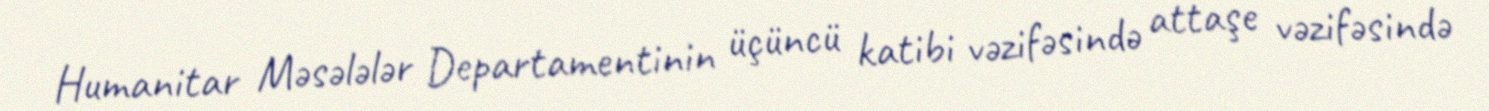
Humanitar Məsələlər Departamentinin üçüncü katibi vəzifəsində attaşe vəzifəsində